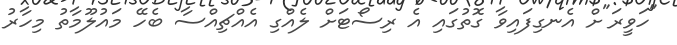
"ހަވީރަ"ށް އެނގިފައިވާ ގޮތުގައި އެ ރިސޯޓަށް ލެއްގި އެއްޗިއްސާ ބެހޭ މައުލޫމާތު މިހާރު